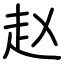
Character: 赵